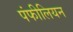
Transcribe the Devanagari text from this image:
पंफीलियन